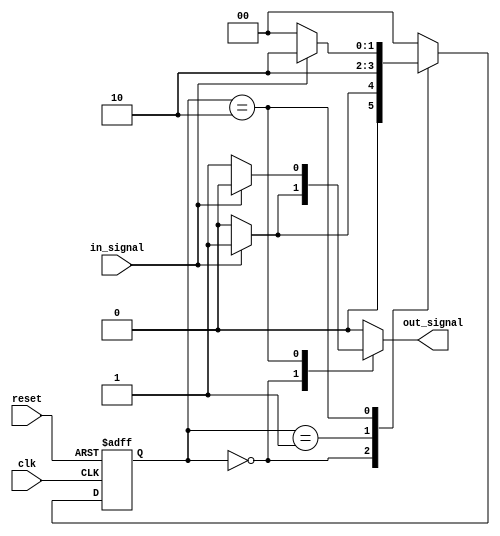
module Mealy_StateMachine (
    input wire clk,
    input wire reset,
    input wire in_signal,
    output reg out_signal
);

// State definitions
parameter S0 = 2'b00;
parameter S1 = 2'b01;
parameter S2 = 2'b10;

// State register
reg [1:0] state, next_state;

always @ (posedge clk or posedge reset) begin
    if (reset) begin
        state <= S0;
    end else begin
        state <= next_state;
    end
end

// Output logic
always @ (*) begin
    case (state)
        S0: begin
            if (in_signal == 1'b1) begin
                next_state = S1;
                out_signal = 1'b1;
            end else begin
                next_state = S0;
                out_signal = 1'b0;
            end
        end
        S1: begin
            next_state = S2;
            out_signal = 1'b0;
        end
        S2: begin
            if (in_signal == 1'b0) begin
                next_state = S0;
                out_signal = 1'b1;
            end else begin
                next_state = S2;
                out_signal = 1'b0;
            end
        end
        default: begin
            next_state = S0;
            out_signal = 1'b0;
        end
    endcase
end

endmodule